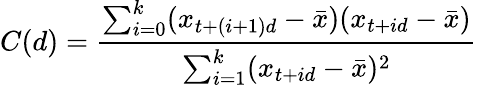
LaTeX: C(d)=\frac{\sum_{i=0}^{k}(x_{t+(i+1)d}-\bar{x})(x_{t+id}-\bar{x})}{\sum_{i=1}^{k}(x_{t+id}-\bar{x})^{2}}